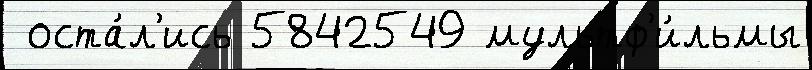
 оста́л'ись 5842549 мультф'и́льмы